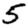
Digit: 5